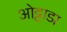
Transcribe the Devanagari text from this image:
ओट्टाडा